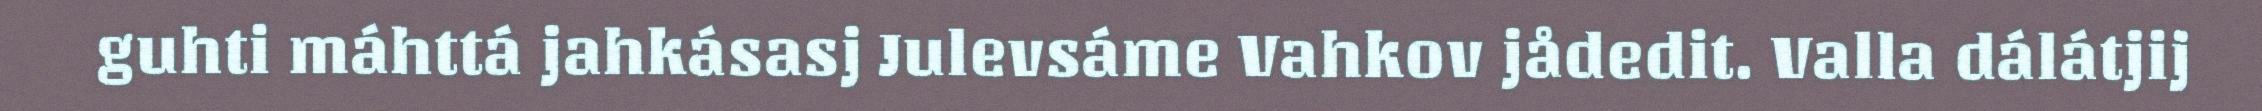
guhti máhttá jahkásasj Julevsáme Vahkov jådedit. Valla dálátjij